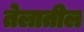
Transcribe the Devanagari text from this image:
तेलातील